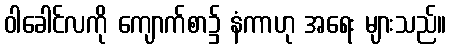
ဝါခေါင်လကို ကျောက်စာ၌ နံကာဟု အရေး များသည်။